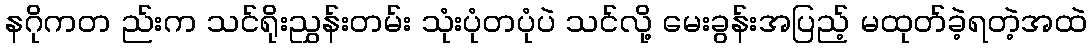
နဂိုကတ ည်းက သင်ရိုးညွှန်းတမ်း သုံးပုံတပုံပဲ သင်လို့ မေးခွန်းအပြည့် မထုတ်ခဲ့ရတဲ့အထဲ